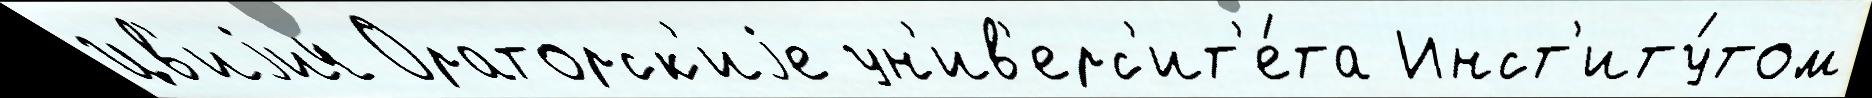
Цв'иjич Ораторск'иjе ун'ив'ерс'ит'е́та Инст'иту́том